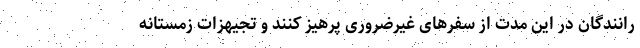
رانندگان در این مدت از سفر‌های غیرضروری پرهیز کنند و تجیهزات زمستانه